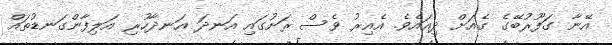
އޭނާ ގަފޫރުބޭގެ ގެއަށް ދިއައެވެ. އެއިރު ވެސް ރަށުގައި އަނދަ އަނދާހުރި އަލިފާންގަނޑުތައް